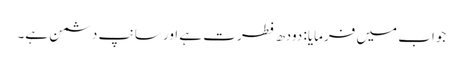
جواب میں فرمایا: دودھ فطرت ہے اور سانپ دشمن ہے۔